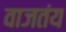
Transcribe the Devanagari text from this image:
वाजतंय